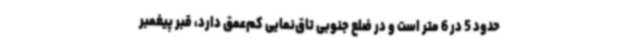
حدود 5 در 6 متر است و در ضلع جنوبی تاق‌نمایی کم‌عمق دارد، قبر پیغمبر